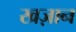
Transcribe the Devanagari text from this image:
खज़ान